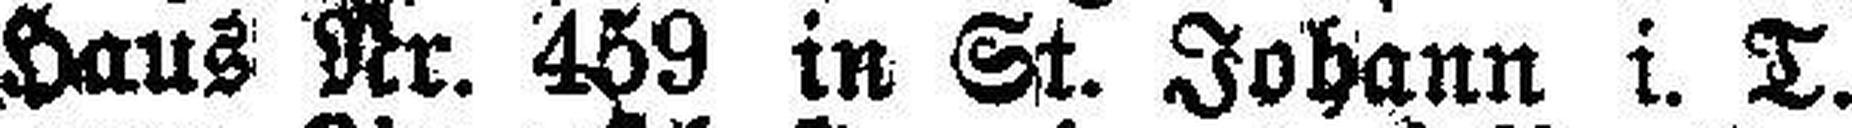
Ort und Stelle, Haus Nr. 459 in St. Johann i. T.